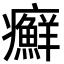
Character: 癬